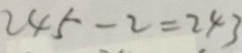
2 4 5 - 2 = 2 4 3